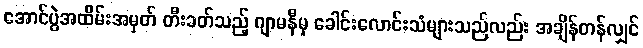
အောင်ပွဲအထိမ်းအမှတ် တီးခတ်သည့် ဂျာမနီမှ ခေါင်းလောင်းသံများသည်လည်း အချိန်တန်လျှင်